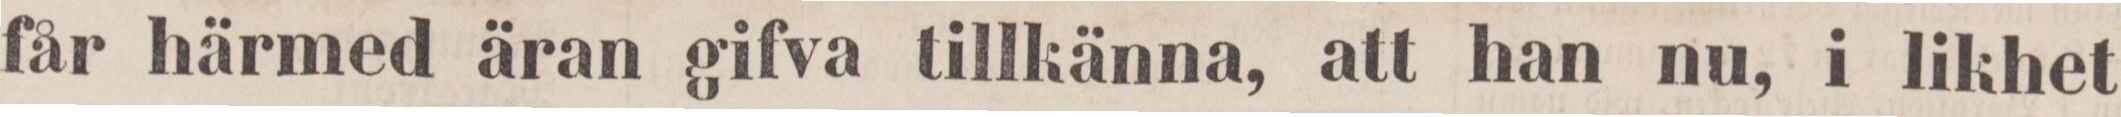
får härmed äran gifva tillkänna, att han nu, i likhet